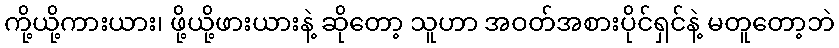
ကို့ယို့ကားယား၊ ဖို့ယို့ဖားယားနဲ့ ဆိုတော့ သူဟာ အဝတ်အစားပိုင်ရှင်နဲ့ မတူတော့ဘဲ